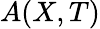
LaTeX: A(X,T)